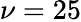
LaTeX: \nu=25